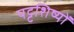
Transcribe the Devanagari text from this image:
पट्टशिष्यों